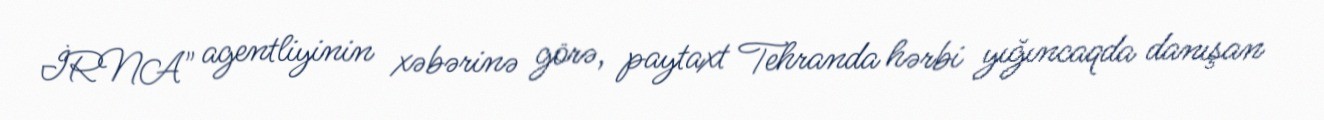
İRNA" agentliyinin xəbərinə görə, paytaxt Tehranda hərbi yığıncaqda danışan